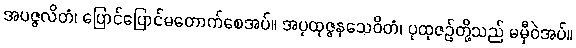
အပဇ္ဇလိတံ၊ ပြောင်ပြောင်မတောက်စေအပ်။ အပုထုဇ္ဇနသေဝိတံ၊ ပုထုဇဉ်တို့သည် မမှီဝဲအပ်။